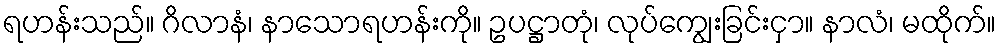
ရဟန်းသည်။ ဂိလာနံ၊ နာသောရဟန်းကို။ ဥပဋ္ဌာတုံ၊ လုပ်ကျွေးခြင်းငှာ။ နာလံ၊ မထိုက်။